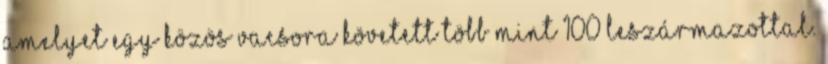
amelyet egy közös vacsora követett több mint 100 leszármazottal.